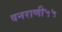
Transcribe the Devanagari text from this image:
वनराणी५५